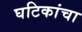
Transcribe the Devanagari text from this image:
घटिकांचा